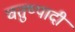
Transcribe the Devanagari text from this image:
चतुष्पादी